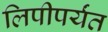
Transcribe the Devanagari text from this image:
लिपीपर्यंत